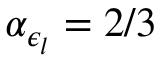
\alpha _ { \epsilon _ { l } } = 2 / 3